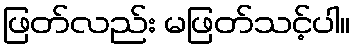
ဖြတ်လည်း မဖြတ်သင့်ပါ။